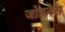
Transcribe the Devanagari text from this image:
जोहनेस